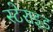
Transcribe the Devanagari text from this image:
स्टेराइड